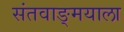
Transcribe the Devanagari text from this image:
संतवाङ्मयाला